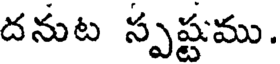
దనుట స్పష్టము.